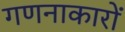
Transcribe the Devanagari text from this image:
गणनाकारों